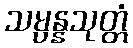
သမ္ပန္နသုတ္တံ